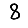
Digit: 8